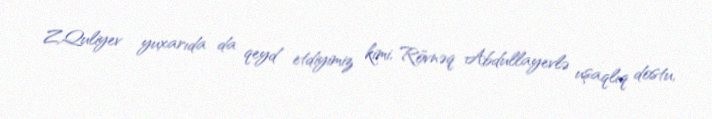
Z.Quliyev yuxarıda da qeyd etdiyimiz kimi, Rövnəq Abdullayevlə uşaqlıq dostu,